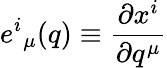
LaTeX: {e^{i}}_{\mu}(q)\equiv\frac{\partial x^{i}}{\partial q^{\mu}}